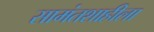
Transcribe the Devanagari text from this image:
सामंतशाहीला